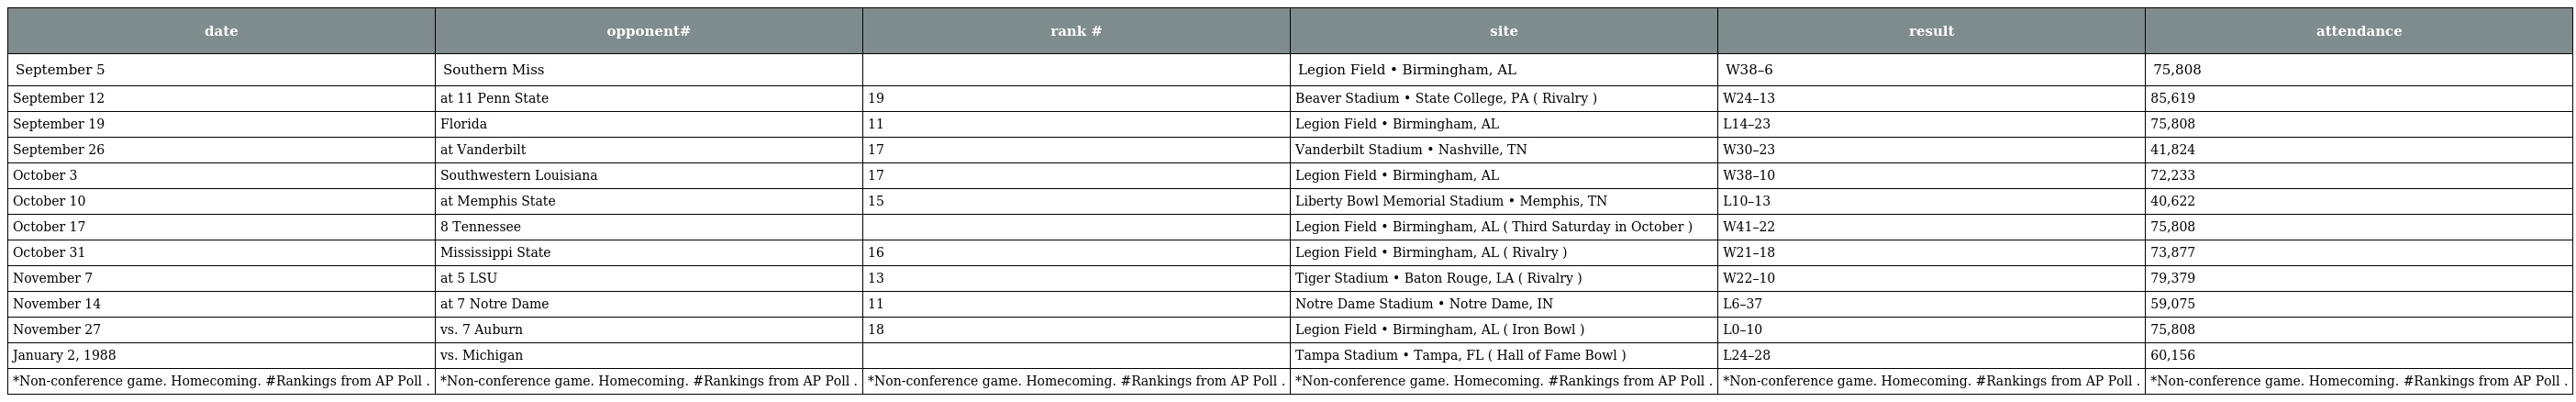
| date | opponent# | rank # | site | result | attendance |
 | --- | --- | --- | --- | --- | --- |
 | September 5 | Southern Miss |  | Legion Field • Birmingham, AL | W38–6 | 75,808 |
 | September 12 | at 11 Penn State | 19 | Beaver Stadium • State College, PA ( Rivalry ) | W24–13 | 85,619 |
 | September 19 | Florida | 11 | Legion Field • Birmingham, AL | L14–23 | 75,808 |
 | September 26 | at Vanderbilt | 17 | Vanderbilt Stadium • Nashville, TN | W30–23 | 41,824 |
 | October 3 | Southwestern Louisiana | 17 | Legion Field • Birmingham, AL | W38–10 | 72,233 |
 | October 10 | at Memphis State | 15 | Liberty Bowl Memorial Stadium • Memphis, TN | L10–13 | 40,622 |
 | October 17 | 8 Tennessee |  | Legion Field • Birmingham, AL ( Third Saturday in October ) | W41–22 | 75,808 |
 | October 31 | Mississippi State | 16 | Legion Field • Birmingham, AL ( Rivalry ) | W21–18 | 73,877 |
 | November 7 | at 5 LSU | 13 | Tiger Stadium • Baton Rouge, LA ( Rivalry ) | W22–10 | 79,379 |
 | November 14 | at 7 Notre Dame | 11 | Notre Dame Stadium • Notre Dame, IN | L6–37 | 59,075 |
 | November 27 | vs. 7 Auburn | 18 | Legion Field • Birmingham, AL ( Iron Bowl ) | L0–10 | 75,808 |
 | January 2, 1988 | vs. Michigan |  | Tampa Stadium • Tampa, FL ( Hall of Fame Bowl ) | L24–28 | 60,156 |
 | *Non-conference game. Homecoming. #Rankings from AP Poll . | *Non-conference game. Homecoming. #Rankings from AP Poll . | *Non-conference game. Homecoming. #Rankings from AP Poll . | *Non-conference game. Homecoming. #Rankings from AP Poll . | *Non-conference game. Homecoming. #Rankings from AP Poll . | *Non-conference game. Homecoming. #Rankings from AP Poll . |